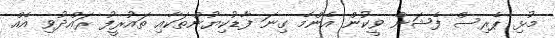
މުޅި ޕެރިސް ފެޝަން ވީކުން އެންމެ ގިނަ ފާޑުކިޔުންތަކާއި ތައުރީފު ރައްދުވި އެއް